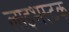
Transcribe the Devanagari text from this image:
लाइभस्टक